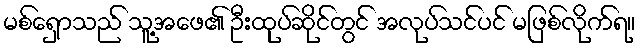
မစ်ရှောသည် သူ့အဖေ၏ ဦးထုပ်ဆိုင်တွင် အလုပ်သင်ပင် မဖြစ်လိုက်ရ။